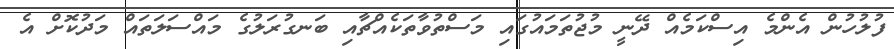
ފުލުހުން އެންމެ އިސްކަމެއް ދޭނީ މުޖުތަމައުގައި މަސްތުވާތަކެއްޗާއި ބަނގުރަލުގެ މައްސަލަތައް މަދުކޮށް އެ